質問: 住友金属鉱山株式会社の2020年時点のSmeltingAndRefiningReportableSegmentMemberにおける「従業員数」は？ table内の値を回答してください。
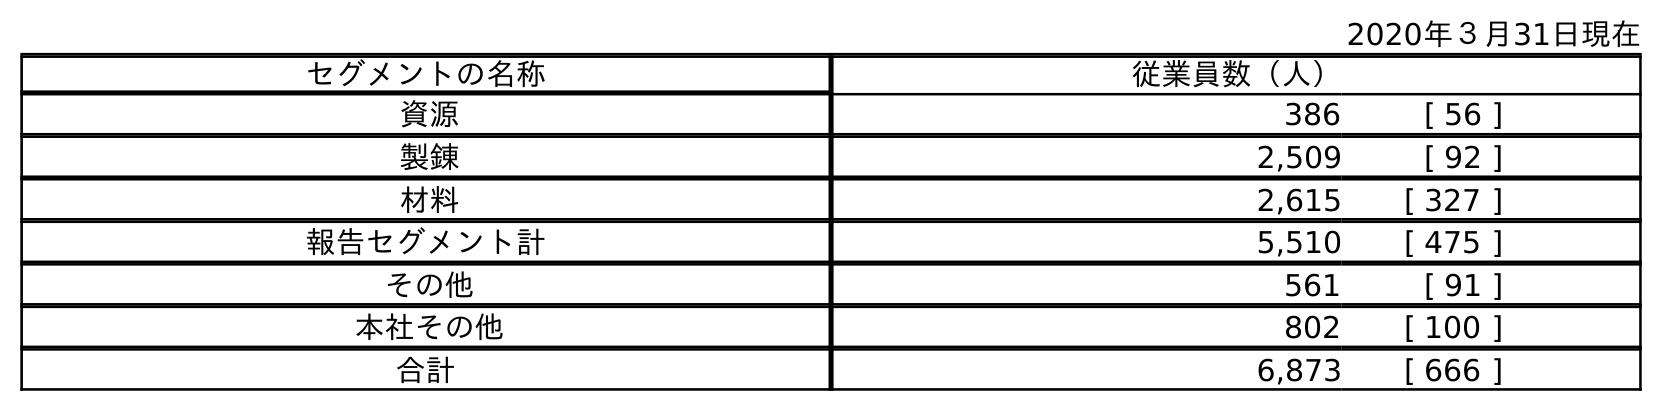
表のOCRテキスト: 2020年３月31日現在 セグメントの名称 従業員数（人） 資源 386 [ 56 ] 製錬 2,509 [ 92 ] 材料 2,615 [ 327 ] 報告セグメント計 5,510 [ 475 ] その他 561 [ 91 ] 本社その他 802 [ 100 ] 合計 6,873 [ 666 ]
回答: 2,509